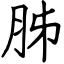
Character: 胏